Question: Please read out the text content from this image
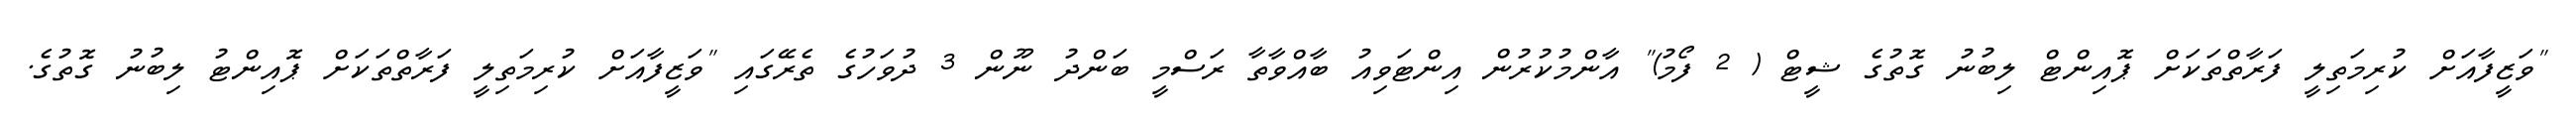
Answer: "ވަޒީފާއަށް ކުރިމަތިލީ ފަރާތްތަކަށް ޕޮއިންޓް ލިބުނު ގޮތުގެ ޝީޓް ( 2 ފޯމު)" އާންމުކުރުން އިންޓަވިއު ބާއްވާތާ ރަސްމީ ބަންދު ނޫން 3 ދުވަހުގެ ތެރޭގައި "ވަޒީފާއަށް ކުރިމަތިލީ ފަރާތްތަކަށް ޕޮއިންޓު ލިބުނު ގޮތުގެ.